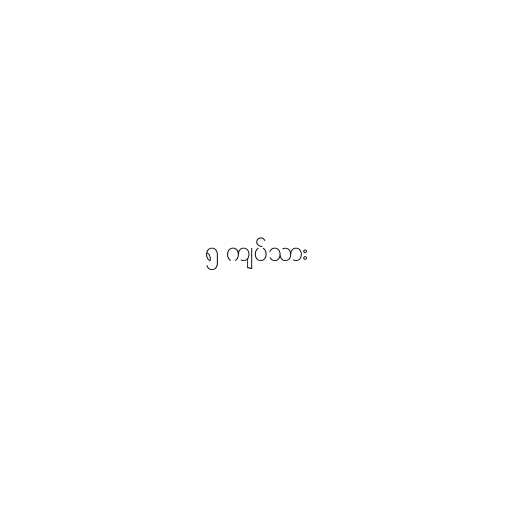
၅ ကျပ်သား